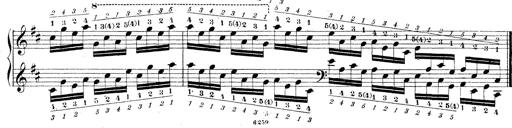
Title: Technische Studien
Composer: Franz Liszt